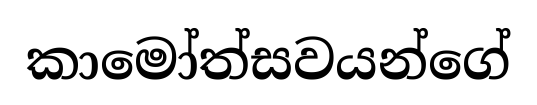
කාමෝත්සවයන්ගේ